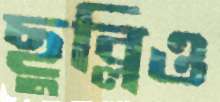
ছুব্‌লিও